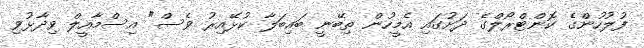
ފުލުހުންގެ ކޮންޓްރޯލްގެ ދަށުގައި އެމީހުން ތިބޭނީ ބައިބަލާ ކުޅޭއިރު ވެސް" އިސްމާއީލް ވިދާޅުވި